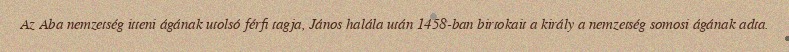
Az Aba nemzetség itteni ágának utolsó férfi tagja, János halála után 1458-ban birtokait a király a nemzetség somosi ágának adta.